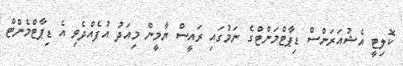
ކޮލިޓީ އެޝުއަރަންސް ޑިޕާޓްމަންޓްގެ ނަމުގައި ރައީސް ޔާމީން މިއަދު އުފެއްދެވި އެ ޑިޕާޓްމެންޓް